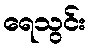
ရေသွင်း